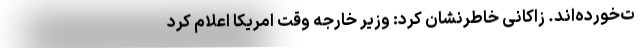
ت‌خورده‌اند. زاکانی خاطرنشان کرد: وزیر خارجه وقت امریکا اعلام کرد